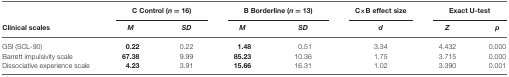
<table><thead><tr><td></td><td colspan="2"><b>C Control (<i>n</i> = 16)</b></td><td colspan="2"><b>B Borderline (<i>n</i> = 13)</b></td><td><b>C×B effect size</b></td><td colspan="2"><b>Exact U-test</b></td></tr><tr><td><b>Clinical scales</b></td><td><b><i>M</i></b></td><td><b><i>SD</i></b></td><td><b><i>M</i></b></td><td><b><i>SD</i></b></td><td><b><i>d</i></b></td><td><b><i>Z</i></b></td><td><b><i>p</i></b></td></tr></thead><tbody><tr><td>GSI (SCL-90)</td><td><b>0.22</b></td><td>0.22</td><td><b>1.48</b></td><td>0.51</td><td>3.34</td><td>4.432</td><td>0.000</td></tr><tr><td>Barrett impulsivity scale</td><td><b>67.38</b></td><td>9.99</td><td><b>85.23</b></td><td>10.36</td><td>1.75</td><td>3.715</td><td>0.000</td></tr><tr><td>Dissociative experience scale</td><td><b>4.23</b></td><td>3.91</td><td><b>15.66</b></td><td>16.31</td><td>1.02</td><td>3.390</td><td>0.001</td></tr></tbody></table>